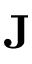
\mathbf { J }